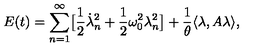
E ( t ) = \sum _ { n = 1 } ^ { \infty } \bigl [ \frac 1 2 \dot { \lambda } _ { n } ^ { 2 } + \frac 1 2 \omega _ { 0 } ^ { 2 } \lambda _ { n } ^ { 2 } \bigr ] + \frac 1 \theta \langle \lambda , A \lambda \rangle ,